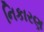
નિકારણ